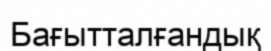
Бағытталғандық